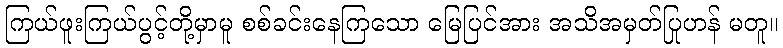
ကြယ်ဖူးကြယ်ပွင့်တို့မှာမူ စစ်ခင်းနေကြသော မြေပြင်အား အသိအမှတ်ပြုဟန် မတူ။